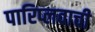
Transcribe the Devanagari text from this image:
पारिप्लवाची